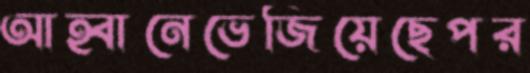
আহ্বানেভেজিয়েছেপর